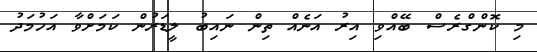
މި ކޮންގްރެސް ބޭއްވި އިރު އަނެއް ތިން ނައިބު ލީޑަރުން ކަމަށްވާ އަހުމަދު